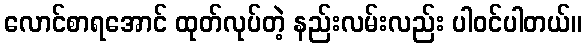
လောင်စာရအောင် ထုတ်လုပ်တဲ့ နည်းလမ်းလည်း ပါဝင်ပါတယ်။